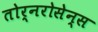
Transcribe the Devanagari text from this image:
तोर्नरोसेन्स